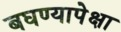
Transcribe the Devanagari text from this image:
बघण्यापेक्षा